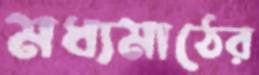
মধ্যমাঠের